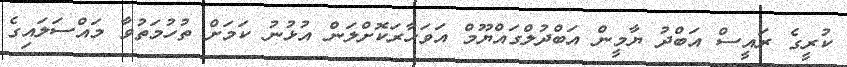
ކުރީގެ ރައީސް އަބްދު ޔާމީން އަބްދުލްގައްޔޫމް އަވަހާރަކޮށްލަން އުޅުނު ކަމަށް ތުހުމަތުވާ މައްސަލައިގެ